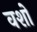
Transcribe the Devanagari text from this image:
वशो